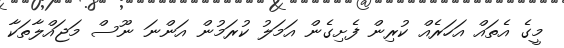
މީގެ އެތައް އަހަރެއް ކުރިން ފެށިގެން އަމަލު ކުރަމުން އަންނަ ނޫސް މަޖައްލާތަކާ